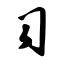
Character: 习